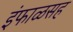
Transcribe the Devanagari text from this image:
इंफाळसह